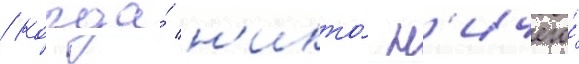
/ когда́ н'икто́ н'ичего́